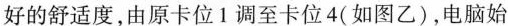
好的舒适度，由原卡位1调至卡位4(如图乙)，电脑始